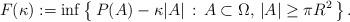
LaTeX: \begin{align*}F(\kappa) := \inf \left\{\,P(A)-\kappa|A|\,:\, A\subset \Omega,\, |A|\ge \pi R^2 \,\right\}.\end{align*}